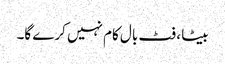
بیٹا ، فٹ بال کام نہیں کرے گا۔